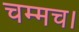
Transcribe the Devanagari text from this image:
चम्मच।